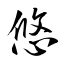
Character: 悠